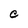
Character: C